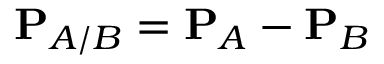
\mathbf { P } _ { A / B } = \mathbf { P } _ { A } - \mathbf { P } _ { B }